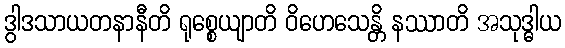
ဒွါဒသာယတနာနီတိ ရုစ္စေယျာတိ ဝိဟေသေန္တိ နဿာတိ အသုဒ္ဓါယ